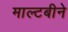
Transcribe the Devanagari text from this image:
माल्टबीने